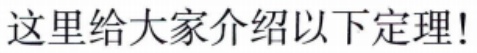
这里给大家介绍以下定理!